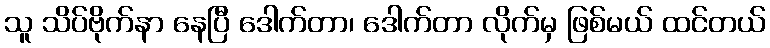
သူ သိပ်ဗိုက်နာ နေပြီ ဒေါက်တာ၊ ဒေါက်တာ လိုက်မှ ဖြစ်မယ် ထင်တယ်